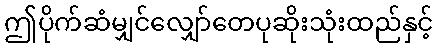
ဤပိုက်ဆံမျှင်လျှော်တေပုဆိုးသုံးထည်နှင့်